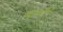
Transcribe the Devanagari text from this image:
बाज्लट